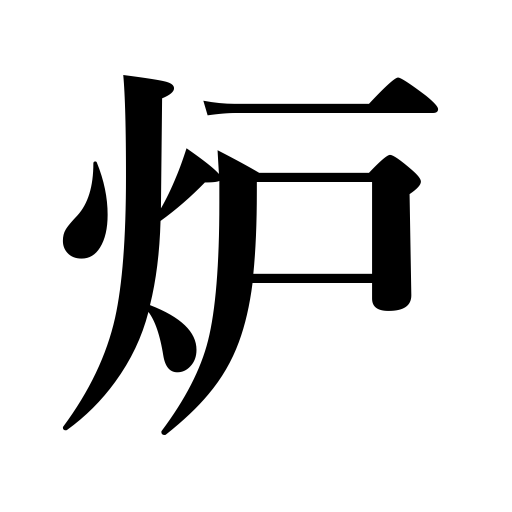
Meanings: nuclear reactor,furnace,kiln,hearth